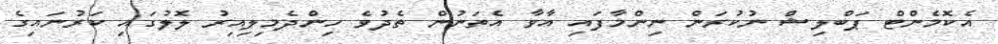
އެކޮމެންޓް ޕަބްލިޝް ނުކުރަން ނިންމާފައި އާވާ އެތަނުން ތެދުވެ ހިންދެމިލިއިރު ލޮލުގައި ކަރުނައިގެ